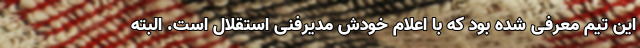
این تیم معرفی شده بود که با اعلام خودش مدیرفنی استقلال است. البته